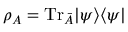
\rho _ { A } = \mathrm { T r } _ { \bar { A } } | \psi \rangle \langle \psi |